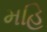
મહિ